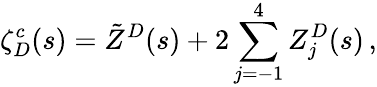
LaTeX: \zeta_{D}^{c}(s)=\tilde{Z}^{D}(s)+2\sum_{j=-1}^{4}Z_{j}^{D}(s)\, {,}